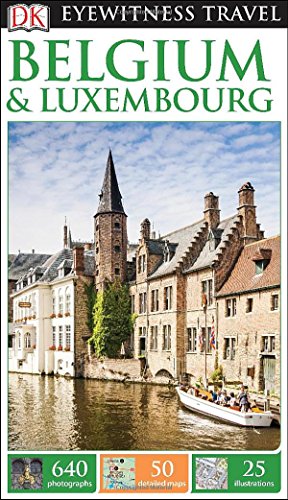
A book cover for DK Eyewitness Travel Guide: Belgium & Luxembourg; DK Publishing; Travel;